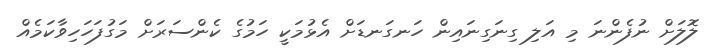
ލޮލަށް ނުފެންނަ މި އަލި ގިނަގިނައިން ހަނގަނޑަށް އެޅުމަކީ ހަމުގެ ކެންސަރަށް މަގުފަހަހިވާކަމެއް